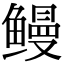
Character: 鳗